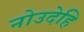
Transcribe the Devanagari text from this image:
नोउदेहि